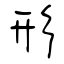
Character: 形